Vital statistics of India. Vol. VI, European troops 1870-79
Year: 1870
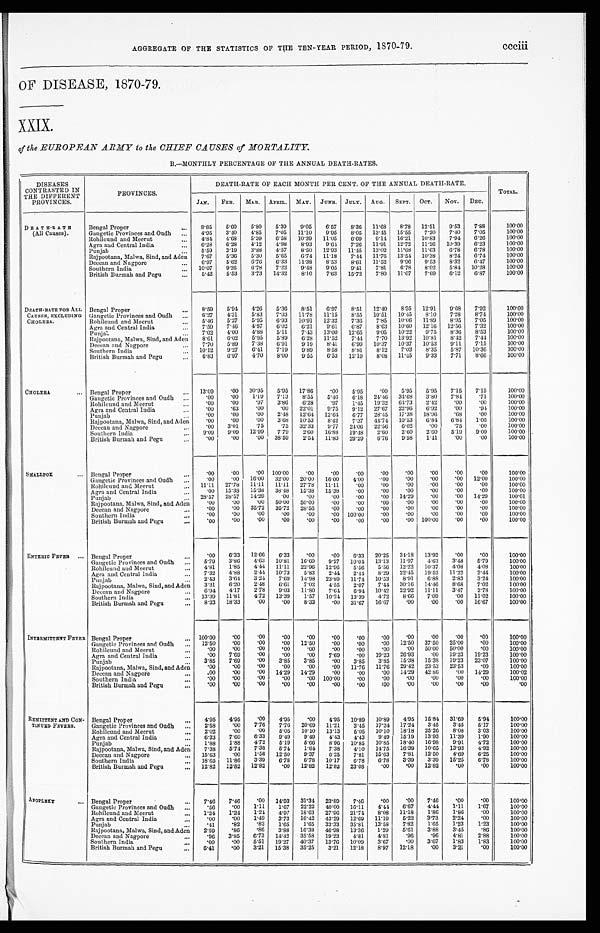
AGGREGATE OF THE STATISTICS OF THE TEN-YEAR PERIOD, 1870-79.
ccciii
OF DISEASE, 1870-79.
XXIX.
of the EUROPEAN ARMY to the CHIEF CAUSES of MORTALITY.
B.—MONTHLY PERCENTAGE OF THE ANNUAL DEATH-RATES.
DISEASES
CONTRASTED IN
THE DIFFERENT
PROVINCES.
PROVINCES.
DEATH-RATE OF EACH MONTH PER CENT. OF THE ANNUAL DEATH-RATE.
TOTAL.
JAN. FEB. MAR. APRIL. MAY. JUNE. JULY. AUG. SEPT. OCT. NOV. DEC.
DEATH-RATE
(All Causes).
Bengal Proper
... 8.85 5.60 5.80 5.39 9.05 6.57 8.36 11.68 8.78 12.51 9.53 7.88
100.00
Gangetic Provinces and Oudh ... 4.95 3.40 4.85
7.05 11.10 9.95 8.05 13.45 15.55 7.20 7.40 7.05
100.00
Rohilcund and Meerut
. . . 4.84 4.68
5.39 6.58 10.39 11.05 6.69 9.14 16.21 10.83 7.94 6.26
100.00
Agra and Central India
... 6.28 6.28 4.12 4.98 8.93 9.64
7.26 11.91 12.72 11.26 10.39 6.23
100.00
Punjab
. . . 5.59 3.19 3.88 4.57
8.50 12.93 11.45 13.02 11.68 11.63 6.78 6.78
100.00
Rajpootana, Malwa, Sind, and Aden
7.67 5.36 5.30 5.65 6.74 11.18 7.44 11.76 13.54 10.38 8.24 6.74
100.00
Deccan and Nagpore
...
6.97 5.62 6.76
6.33 11.38 8.53 8.61 11.52 9.96 9.53 8.32 6.47
100.00
Southern India
. . . 10.07 9.26
6.78 7.22 9.48 9.05
9.41
7.81 6.78 8.02 5.84 10.28
100.00
British Burmah and Pegu
...
5.42 5.53 3.73 14.32 8.10 7.63 15.720
7.80 11.07 7.69 6.12 6.87
100.00
DEATH-RATE FOR ALL
CAUSES, EXCLUDING
CHOLERA.
Bengal Proper
...
8.59 5.94 4.26 5.36 8.51
6.97 8.51 12.40 8.95 12.91 9.68 7.92
100.00
Gangetic Provinces and Oudh ... 6.27 4.31 5.83 7.03 11.78 11.15 8.55 10.51 10.45 8.10 7.28 8.74
100.00
Rohilcund and Meerut
... 5.46 5.27
5.95 6.93 10.91 12.32 7.36 7.85 10.06 11.89 8.95 7.05
100.00
Agra and Central India
. . . 7.59 7.46 4.97 6.02 6.21 9.61 6.87
8.63 10.60 12.16 12.56 7.32
100.00
Punjab
... 7.02 4.00 4.88 5.11
7.43 13.00 12.65 9.05 10.22 9.75 8.36 8.53
100.00
Rajpootana, Malwa, Sind, and Aden
8.61 6.02 5.95 5.89 6.28 11.52 7.44 7.70 13.92 10.81 8.42 7.44
100.00
Deccan and Nagpore
... 7.70 5.89 7.38 6.91
9.19 8.41
6.99 10.37 10.37 10.53 9.11 7.15
100.00
Southern India
... 10.12 9.27 6.41 7.19 9.89 8.58 8.81 8.12 7.03 8.35 5.87 10.36
100.00
British Burmah and Pegu
... 6.83 6.97 4.70 8.00 9.55 6.53 12.19 8.08 11.45 9.33 7.71
8.66
100.00
CHOLERA
. . .
Bengal Proper
... 13.09
.00 30.95 5.95 17.86
.00 5.95
.00 5.95 5.95 7.15 7.15
100.00
Gangetic Provinces and Oudh ...
. 0 0 .00 1.19 7.13
8.55 5.46 6.18 24.46 34.68 3.80 7.84
.71
100.00
Rohilcund and Meerut
...
.00
.00
.97 3.86 6.28
.97 1.45 19.32 64.73 2.42
.00
.00
100.00
Agra and Central India
...
.00
.63
.00
.00 22.01 9.75 9.12 27.67 22.96 6.92
.00
.94
100.00
Punjab
...
.00
.00
.00 2.48 12.64 12.64 6.77 28.45 17.38 18.96
.68
.00
100.00
Raj pootana, Malwa, Sind, and Aden
.00
.00
.00 3.68 10.53 8.42 7.37 44.74 10.53 6.84 6.84 1.05
100.00
Deccan and Nagpore
...
.00 3.01
.75
.75 32.33 9.77 24.06 22.56 6.02
.00
.75
.00
100.00
Southern India
... 9.09 9.09 12.99 7.79
2.60 16.88 19.48 2.60 2.60 2.60 5.19 9.09
100.00
British Burmah and Pegu
. . . .00
.00
.00 38.59
2.54 11.83 29.29 6.76 9.58 1.41
.00
.00
100.00
SMALLPOX
... Bengal Proper
. . . .00 .00
. 0 0 100.00
.00
.00
.00
.00
.00
.00
.00
.00
100.00
Gangetic Provinces and Oudh ...
.00
.00 16.00 32.00 20.00 16.00 4.00 .00
.00
.00
.00 12.00
100.00
Rohilcund and Meerut
. . .
1 1 . 1 1 27.78 11.11 11.11 27.78 11.11
.00
.00
.00
.00
.00
.00
100.00
Agra and Central India
. . . .00 15.38 15.38 38.48 15.38 15.38
.00
.00
.00
.00
.00
.00
100.00
Punjab
...
2 8 . 5 7 28.57 14.29
.00
.00
.00
.00
.00 14.29
.00
.00 14.29
100.01
Rajpootana, Malwa, Sind, and Aden
.00
. 0 0 .00 50.00 50.00
. 0 0 .00
.00
.00
.00
.00
.00
100.00
Deccan and Nagpore
. . .
. 0 0 .00 35.72 35.72 28.56
.00
.00
.00
.00
.00
.00
.00
100.00
Southern India
. . .
. 0 0 .00
. 0 0 .00
.00
.00 100.00
.00
.00
.00
.00
.00
100.00
British Burmah and Pegu
. . .
. 0 0
.00
.00
.00
.00
.00
.00
.00
.00 100.00
.00
.00
100.00
ENTERIC FEVER . . . Bengal Proper
. . .
. 0 0
6.33 12.66 6.33
.00
.00 6.33 20.25 34.18 13.92
.00
.00
100.00
Gangetic Provinces and Oudh ... 5.79 3.86 4.63 10.81 16.60 9.27 10.04 13.13 11.97 4.63 3.48 5.79
100.00
Rohilcund and Meerut
... 4.81
1.85 4.44 11.11 22.96 12.96 5.56 5.56 12.22 10.37 4.08 4.08
100.00
Agra and Central India
. . . 7.32 4.88 2.44 10.73
5.83 2.44 2.44 8.29 22.45 19.52 11.22 2.44
100.00
Punjab
...
2.43 3.64 3.24 7.69 14.98 23.89 11.74 10.53 8.91
6.88 2.83 3.24
100.00
Rajpootana, Malwa, Sind, and Aden
3.31 6.20 2.48 6.61
7.02 4.55 2.07 7.44 30.16 14.46 8.68 7.02
100.00
Deccan and Nagpore
... 6.94 4.17
2.78 9.03 11.80 7.64 6.94 10.42 22.92 11.11 3.47
2.78
100.00
Southern India
... 13.39 11.81
4.72 13.39
1.57 10.24 13.39 4.72 8.66 7.09
.00 11.02
100.00
British Burmah and Pegu
... 8.33 18.33
.00
.00 8.33
.00 31.67 16.67
.00
.00
.00 16.67
100.00
INTERMITTENT FEVER Bengal Proper
. . . 100.00
.00
.00
.00
.00
.00 .00
.00
.00
.00
.00
.00
100.00
Gangetic Provinces and Oudh ... 12.50
.00
.00
.00 12.50
.00
.00
.00 12.50 37.50 25.00
.00
100.00
Rohilcund and Meerut
...
.00
.00
.00
.00
.00
.00
.00
.00
.00 50.00 50.00
.00
100.00
Agra and Central India
...
.00 7.69
.00
.00
.00 7.69
.00 19.23 26.93
.00 19.23 19.23
100.00
Punjab
...
3.85 7.69
.00 3.85 3.85
.00 3.85 3.85 15.38 15.38 19.23 23.07
100.00
Rajpootana, Malwa, Sind, and Aden
.00
.00
.00
.00
.00
.00 11.76 11.76 29.42 23.53 23.53
.00
100.00
Deccan and Nagpore
...
.00
.00
.00 14.29 14.29
.00
.00
.00 14.29 42.86
.0 14.29
100.02
Southern India
...
.00
.00
.00
.00
.00 100.00
.00
.00
.00
.00
.00
.00
100.00
British Burmah and Pegu
. . .
.00
.00
.00
.00
.00
.00
.00
:00
.00
.00
.00
.00
.00
REMITTENT AND CON-
TINUED FEVERS.
Bengal Proper
. . . 4.95 4.95
.00 4.95
.00 4.95 10.89 10.89 4.95 15.84 31.69 5.94
100.00
Gangetic Provinces and Oudh ... 2.58
.00 7.76 7.76 20.69 11.21 3.45 17.24 17.24 3.45
3.45
6.17
100.00
Rohilcund and Meerut
. . . 2.02
.00
.00 5.05 10.10 13.13 5.05 10.10 18.18 25.20 8.08 3.03
100.00
Agra and Central India
... 6.33 7.60 6.33 9.49 9.49 4.43 4.43 9.49 15.19 13.93 11.39 1.90
100.00
Punjab
. . . 1.88
1.88 4.72 5.19 5.66 8.96 10.85 10.85 18.40 16.98 9.91 4.72
100.00
Rajpootana, Malwa, Sind, and Aden
7.38 5.74 7.38 5.74 1.64 7.38 4.10 14.75 16.39 10.65 13.93 4.92
100.00
Deccan and Nagpore
. . . 15.63
.00 1.56 12.50 9.37 6.25 7.81 15.63 7.81 12.50 4.69 6.25
100.00
Southern India
... 18.65 11.86 3.39 6.78 6.78 10.17 6.78 6.78 3.39 3.39 15.25 6.78
100.00
British Burmah and Pegu
... 12.82 12.82 12.82
.00 12.82 12.82 23.08
.00
.00 12.82
.00
.00
100.00
A P O P L E X Y
. . . Bengal Proper
... 7.46 7.46 .00 14.93 31.34 23.89 7.46 .00
.00 7.46
.00
.00
100.00
Gangetic Provinces and Oudh ...
.56
.00 1.11 1.67 22.22 40.00 16.11 4.44 6.67 4.44 1.11 1.67
100.00
Rohilcund and Meerut
... 1.24 1.24 1.24 4.97 18.63 27.96 21.74 8.08 11.18 1.86 1.86
.00
100.00
Agra and Central India
. . .
. 0 0 .00 1.49 3.73 16.42 43.29 12.69 11.19 5.22 3.73
2.24
.00
100.00
Punjab
. . .
.41
.82
.82 1.65
1.65 33.33 35.81 13.58 7.82 1.65 1.23
1.23
100.00
Rajpootana, Malwa, Sind, and Aden 2.59
.86
.86 3.88 16.38 46.98 13.36 1.29 5.61 3.88 3.45
.86
100.00
Deccan and Nagpor
. . .
.96 3.85 6.73 14.42 35.58 19.23 4.81 4.81
.96
.96 4.81 2.88
100.00
Southern India
. . . .00
.00 5.51 19.27 40.37 13.76 10.09 3.67
.00 3.67
1.83
1.83
100.00
British Burmah and Pegu
. . .
6 . 4 1 .00 3.21 15.38 35.25 3.21 12.18 8.97 12.18
.00
3.21
.00
100.00